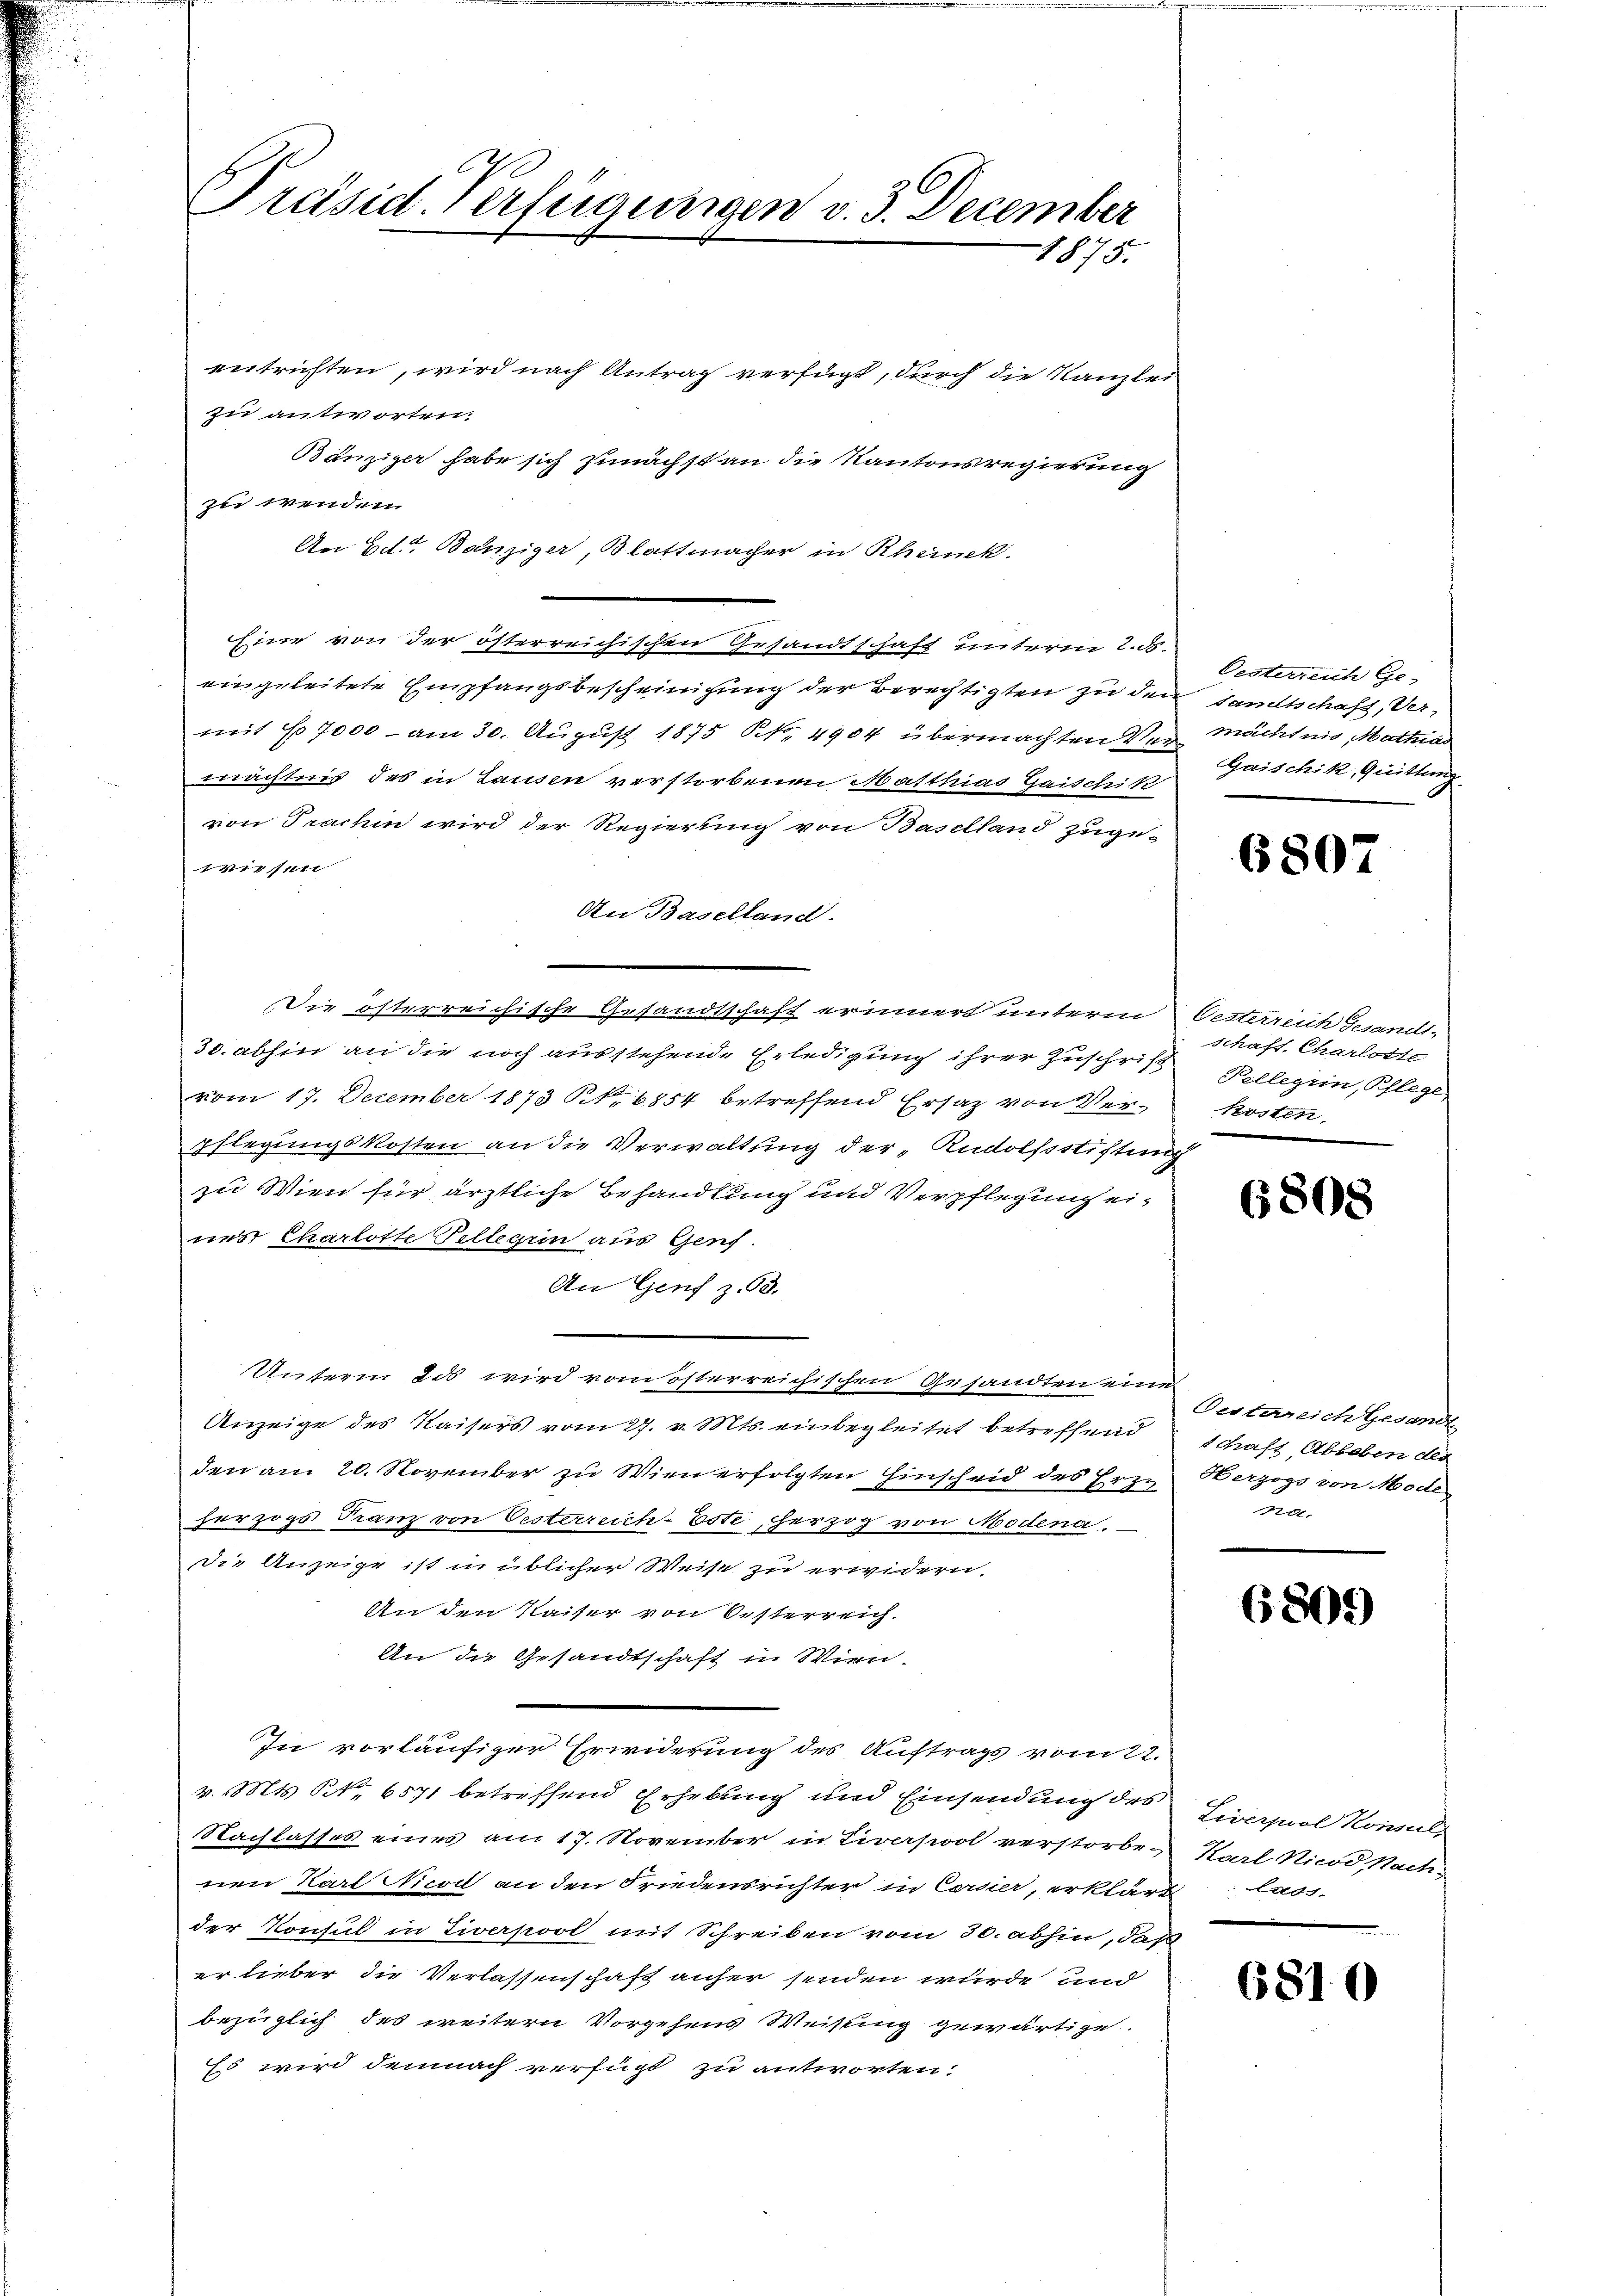
Präsid. Verfügungen v. 3. December
1875.

entrichten, wird nach Antrag verfügt, durch die Kanzlei
zu antworten.
Bänziger habe sich zunächst an die Kantonsregierung
zu wenden.
An Ed. Banziger, Blattmacher in Rhanck.
Eine von der österreichischen Gesandtschaft unterm 2. ds.
eingeleitete Empfangsbescheinigung der Berechtigten zu den sandtschaft, Vermit No 7000 - am 30. August 1875 S. 4904 übermachten Vermächtnis, Mathias
mächtnis des in Tausen verstorbenen Matthias Gaischik
von Trachin wird der Regierung von Baselland zuge¬
114 un
An Baselland.
Die österreichische Gesandtschaft erinnert unterm Oesterreich Gesandt-
30. abhin an die noch ausstehende Erledigung ihrer Zuschrift Kellegii, Pflege
vom 17. December 1873 S. 6854 betreffend Ersatz von Verpflegungskosten an die Verwaltung der „Rudolfsstiftung
zu Wien für ärztliche Behandlung und Verpflegung eines Charlotte Tellerin aus Genf.
An Genf z. 63.
Unterm 2. wird vom österreichischen Gesandten eine
Anzeige des Kaisers vom 27. v. Mts. einbegleitet betreffend Schaft, Ableben des
den am 20. November zu Wien erfolgten Einscheid des Erze Berzogs von Mode
herzogs Tranz von Oesterreich-Eote, herzog von Modena.
Die Anzeige ist in üblicher Weise zu erwidern.
An den Kaiser von Oesterreich.
An die Gesandtschaft in Wien
In vorläufiger Erwiderung des Auftrags vom 22.
v. Mts. No. 6571 betreffend Erhebung und Einsendung des Liverpal Komal
Nachlasses eines am 17. November in Liverswol verstorben Karl Nicod, Nachnen Karl Nicod an den Friedensrichter in Corsier, erklärt lass
der Konsul in Liverpool mit Schreiben vom 30. abhin, daß
er lieber die Verlassenschaft anher senden wurde und
bezüglich des weitern Vorgehens Weisung gewärtige.
Es wird demnach verfügt zu antworten.

Oesterreich Ge-
Gaischik, Quittung

6807

schaft. Charlotte
Kosten.

6808

Oestereich Gesandt
Rat.

6805)

6810